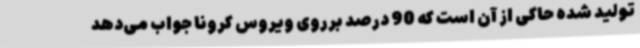
تولید شده حاکی از آن‌ است که 90 درصد برروی ویروس کرونا جواب می‌دهد